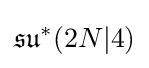
{\mathfrak {su}}^{*}(2N|4)